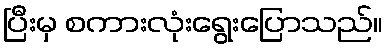
ပြီးမှ စကားလုံးရွေးပြောသည်။